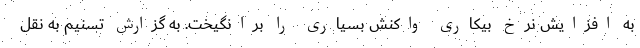
به افزایش نرخ بیکاری واکنش بسیاری را برانگیخت. به گزارش تسنیم به نقل